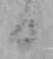
日